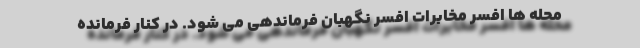
محله ها افسر مخابرات افسر نگهبان فرماندهی می شود. در کنار فرمانده